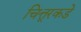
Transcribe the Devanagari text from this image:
चित्तूरकडे